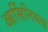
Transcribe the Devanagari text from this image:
आर्सिनियस